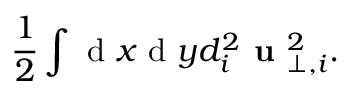
\frac { 1 } { 2 } \int \mathrm { ~ d ~ } x \mathrm { ~ d ~ } y d _ { i } ^ { 2 } \textbf { u } _ { \perp , i } ^ { 2 } .